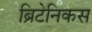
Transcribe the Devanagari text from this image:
ब्रिटेनिकस